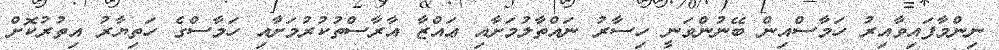
ނިންމާފައިވާއިރު ހަމާސްއިން ބޭނުންވަނީ ހިސާރު ނައްތާލުމަށާއި ޢައްޒާ އާރާސްތުކުރުމަށާއި ހަމާސްގެ ހަތިޔާރު އިތުރުކޮށް